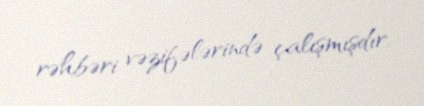
rəhbəri vəzifələrində çalışmışdır.